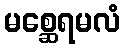
မစ္ဆေရမလံ